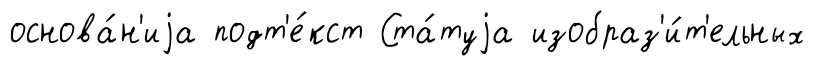
основа́н'иjа подт'е́кст Ста́туjа изобраз'и́т'ельных